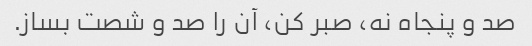
صد و پنجاه نه، صبر کن، آن را صد و شصت بساز.